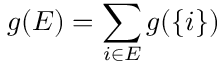
g ( E ) = \sum _ { i \in E } g ( \{ i \} )